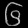
Digit: ၆